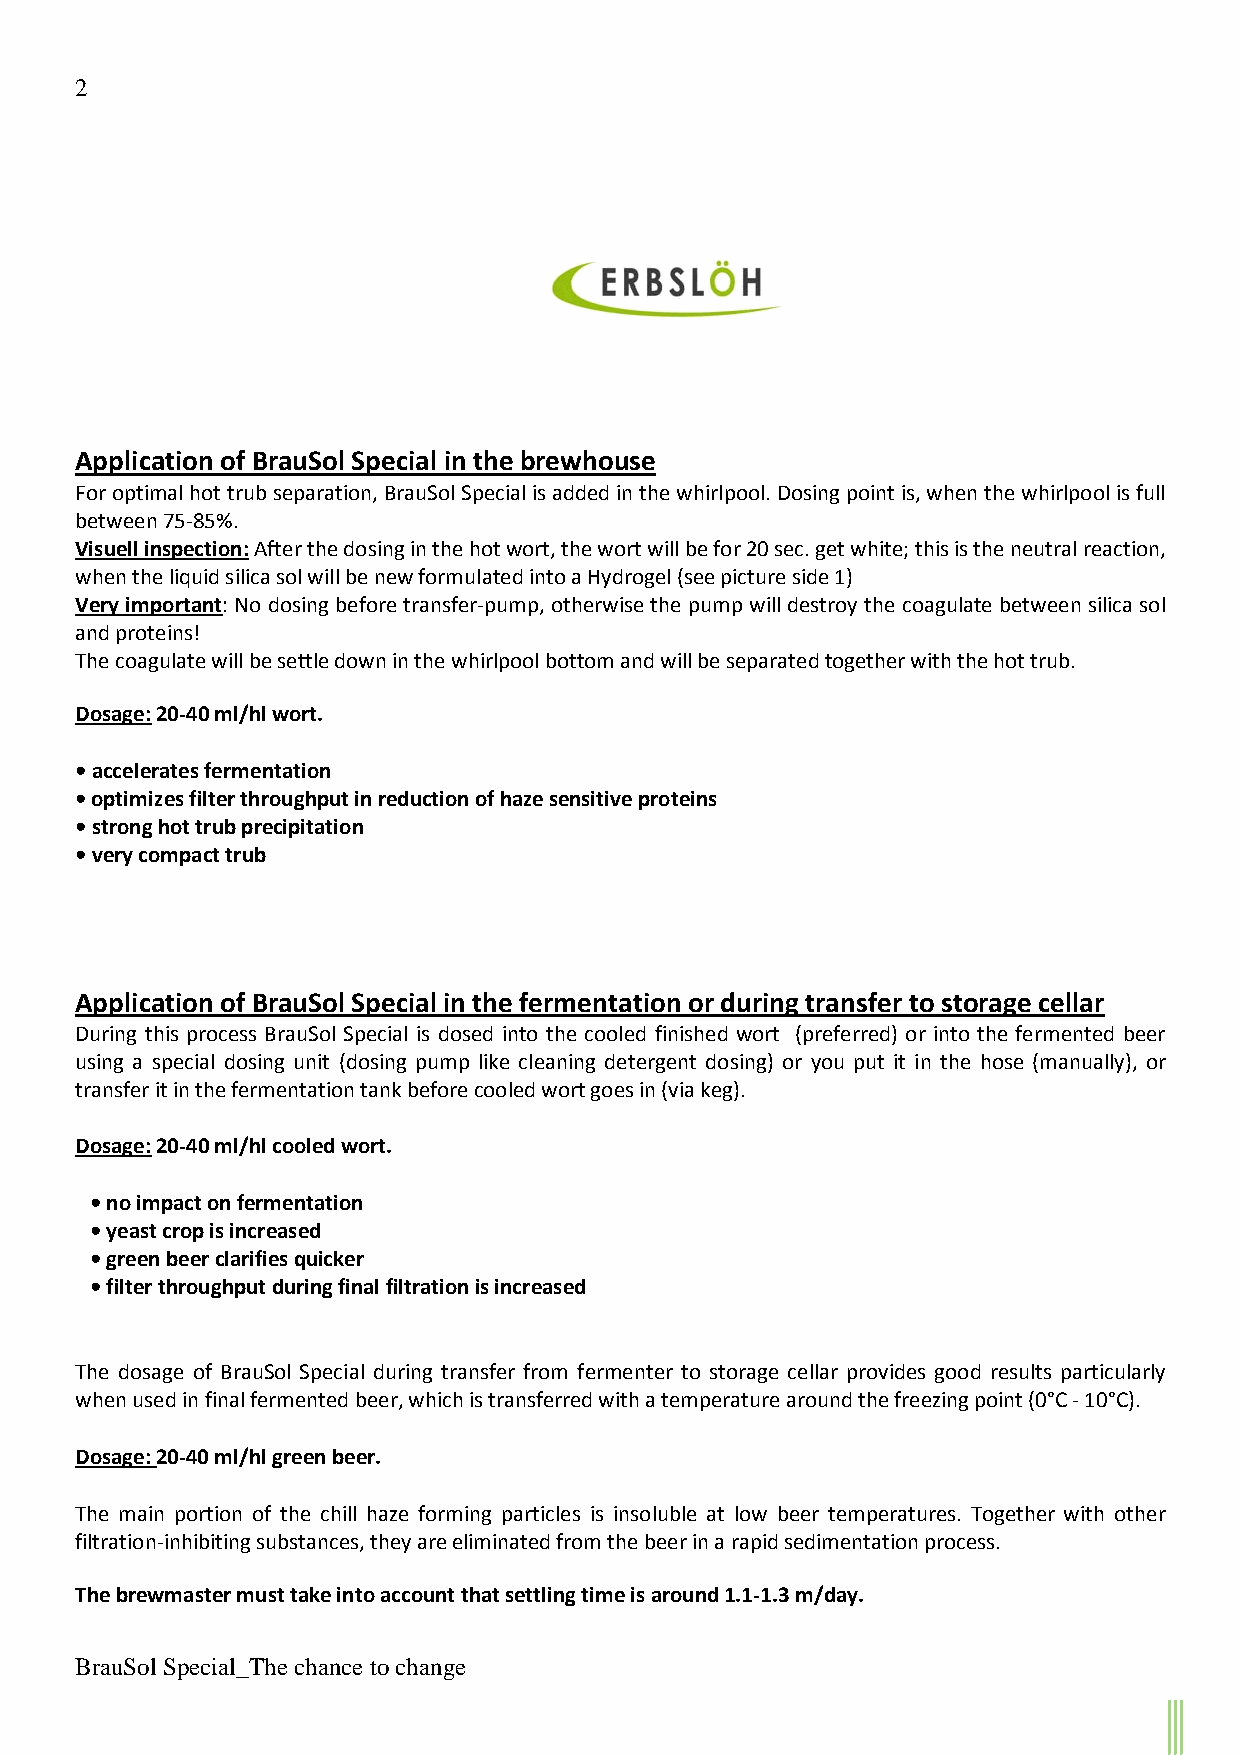
2
 Application of BrauSol Special in the brewhouse
 For optimal hot trub separation, BrauSol Special is added in the whirlpool. Dosing point is, when the whirlpool is full
 between 75-85%.
 Visuell inspection: After the dosing in the hot wort, the wort will be for 20 sec. get white; this is the neutral reaction,
 when the liquid silica sol will be new formulated into a Hydrogel (see picture side 1)
 Very important: No dosing before transfer-pump, otherwise the pump will destroy the coagulate between silica sol
 and proteins!
 The coagulate will be settle down in the whirlpool bottom and will be separated together with the hot trub.
 Dosage: 20-40 ml/hl wort.
 • accelerates fermentation
 • optimizes filter throughput in reduction of haze sensitive proteins
 • strong hot trub precipitation
 • very compact trub
 Application of BrauSol Special in the fermentation or during transfer to storage cellar
 During this process BrauSol Special is dosed into the cooled finished wort (preferred) or into the fermented beer
 using a special dosing unit (dosing pump like cleaning detergent dosing) or you put it in the hose (manually), or
 transfer it in the fermentation tank before cooled wort goes in (via keg).
 Dosage: 20-40 ml/hl cooled wort.
 • no impact on fermentation
 • yeast crop is increased
 • green beer clarifies quicker
 • filter throughput during final filtration is increased
 The dosage of BrauSol Special during transfer from fermenter to storage cellar provides good results particularly
 when used in final fermented beer, which is transferred with a temperature around the freezing point (0°C - 10°C).
 Dosage: 20-40 ml/hl green beer.
 The main portion of the chill haze forming particles is insoluble at low beer temperatures. Together with other
 filtration-inhibiting substances, they are eliminated from the beer in a rapid sedimentation process.
 The brewmaster must take into account that settling time is around 1.1-1.3 m/day.
 BrauSol Special_The chance to change